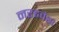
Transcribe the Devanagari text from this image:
नरइवंश